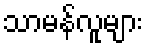
သာမန်လူများ